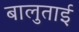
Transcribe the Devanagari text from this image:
बालुताई